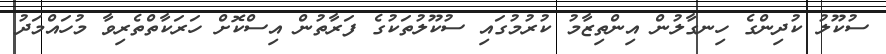
ސުކޫލު ކުދިންގެ ހިނގާލުން އިންތިޒާމު ކުރުމުގައި ސުކޫލުތަކުގެ ފަރާތުން އިސްކޮށް ހަރަކާތްތެރިވާ މުހައްމަދު